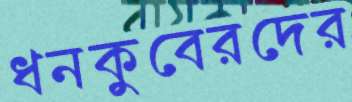
ধনকুবেরদের